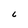
Character: C